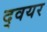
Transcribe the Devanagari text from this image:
द्वयर